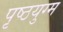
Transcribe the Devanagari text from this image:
पृष्ठयुग्म